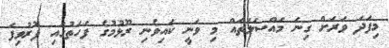
މިފަދަ ވަރަށް ގިނަ މައްސަލަތައް މި ވަނީ ކައިވެނި ރޫޅުމުގެ ފަހަތުގައި ފޮރުވިފަ